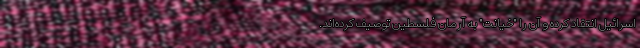
اسرائیل انتقاد کرده و آن را "خیانت" به آرمان فلسطین توصیف کرده‌اند.